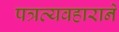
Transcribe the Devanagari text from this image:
पत्रव्यवहाराने